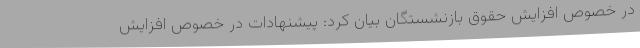
در خصوص افزایش حقوق بازنشستگان بیان کرد: پیشنهادات در خصوص افزایش